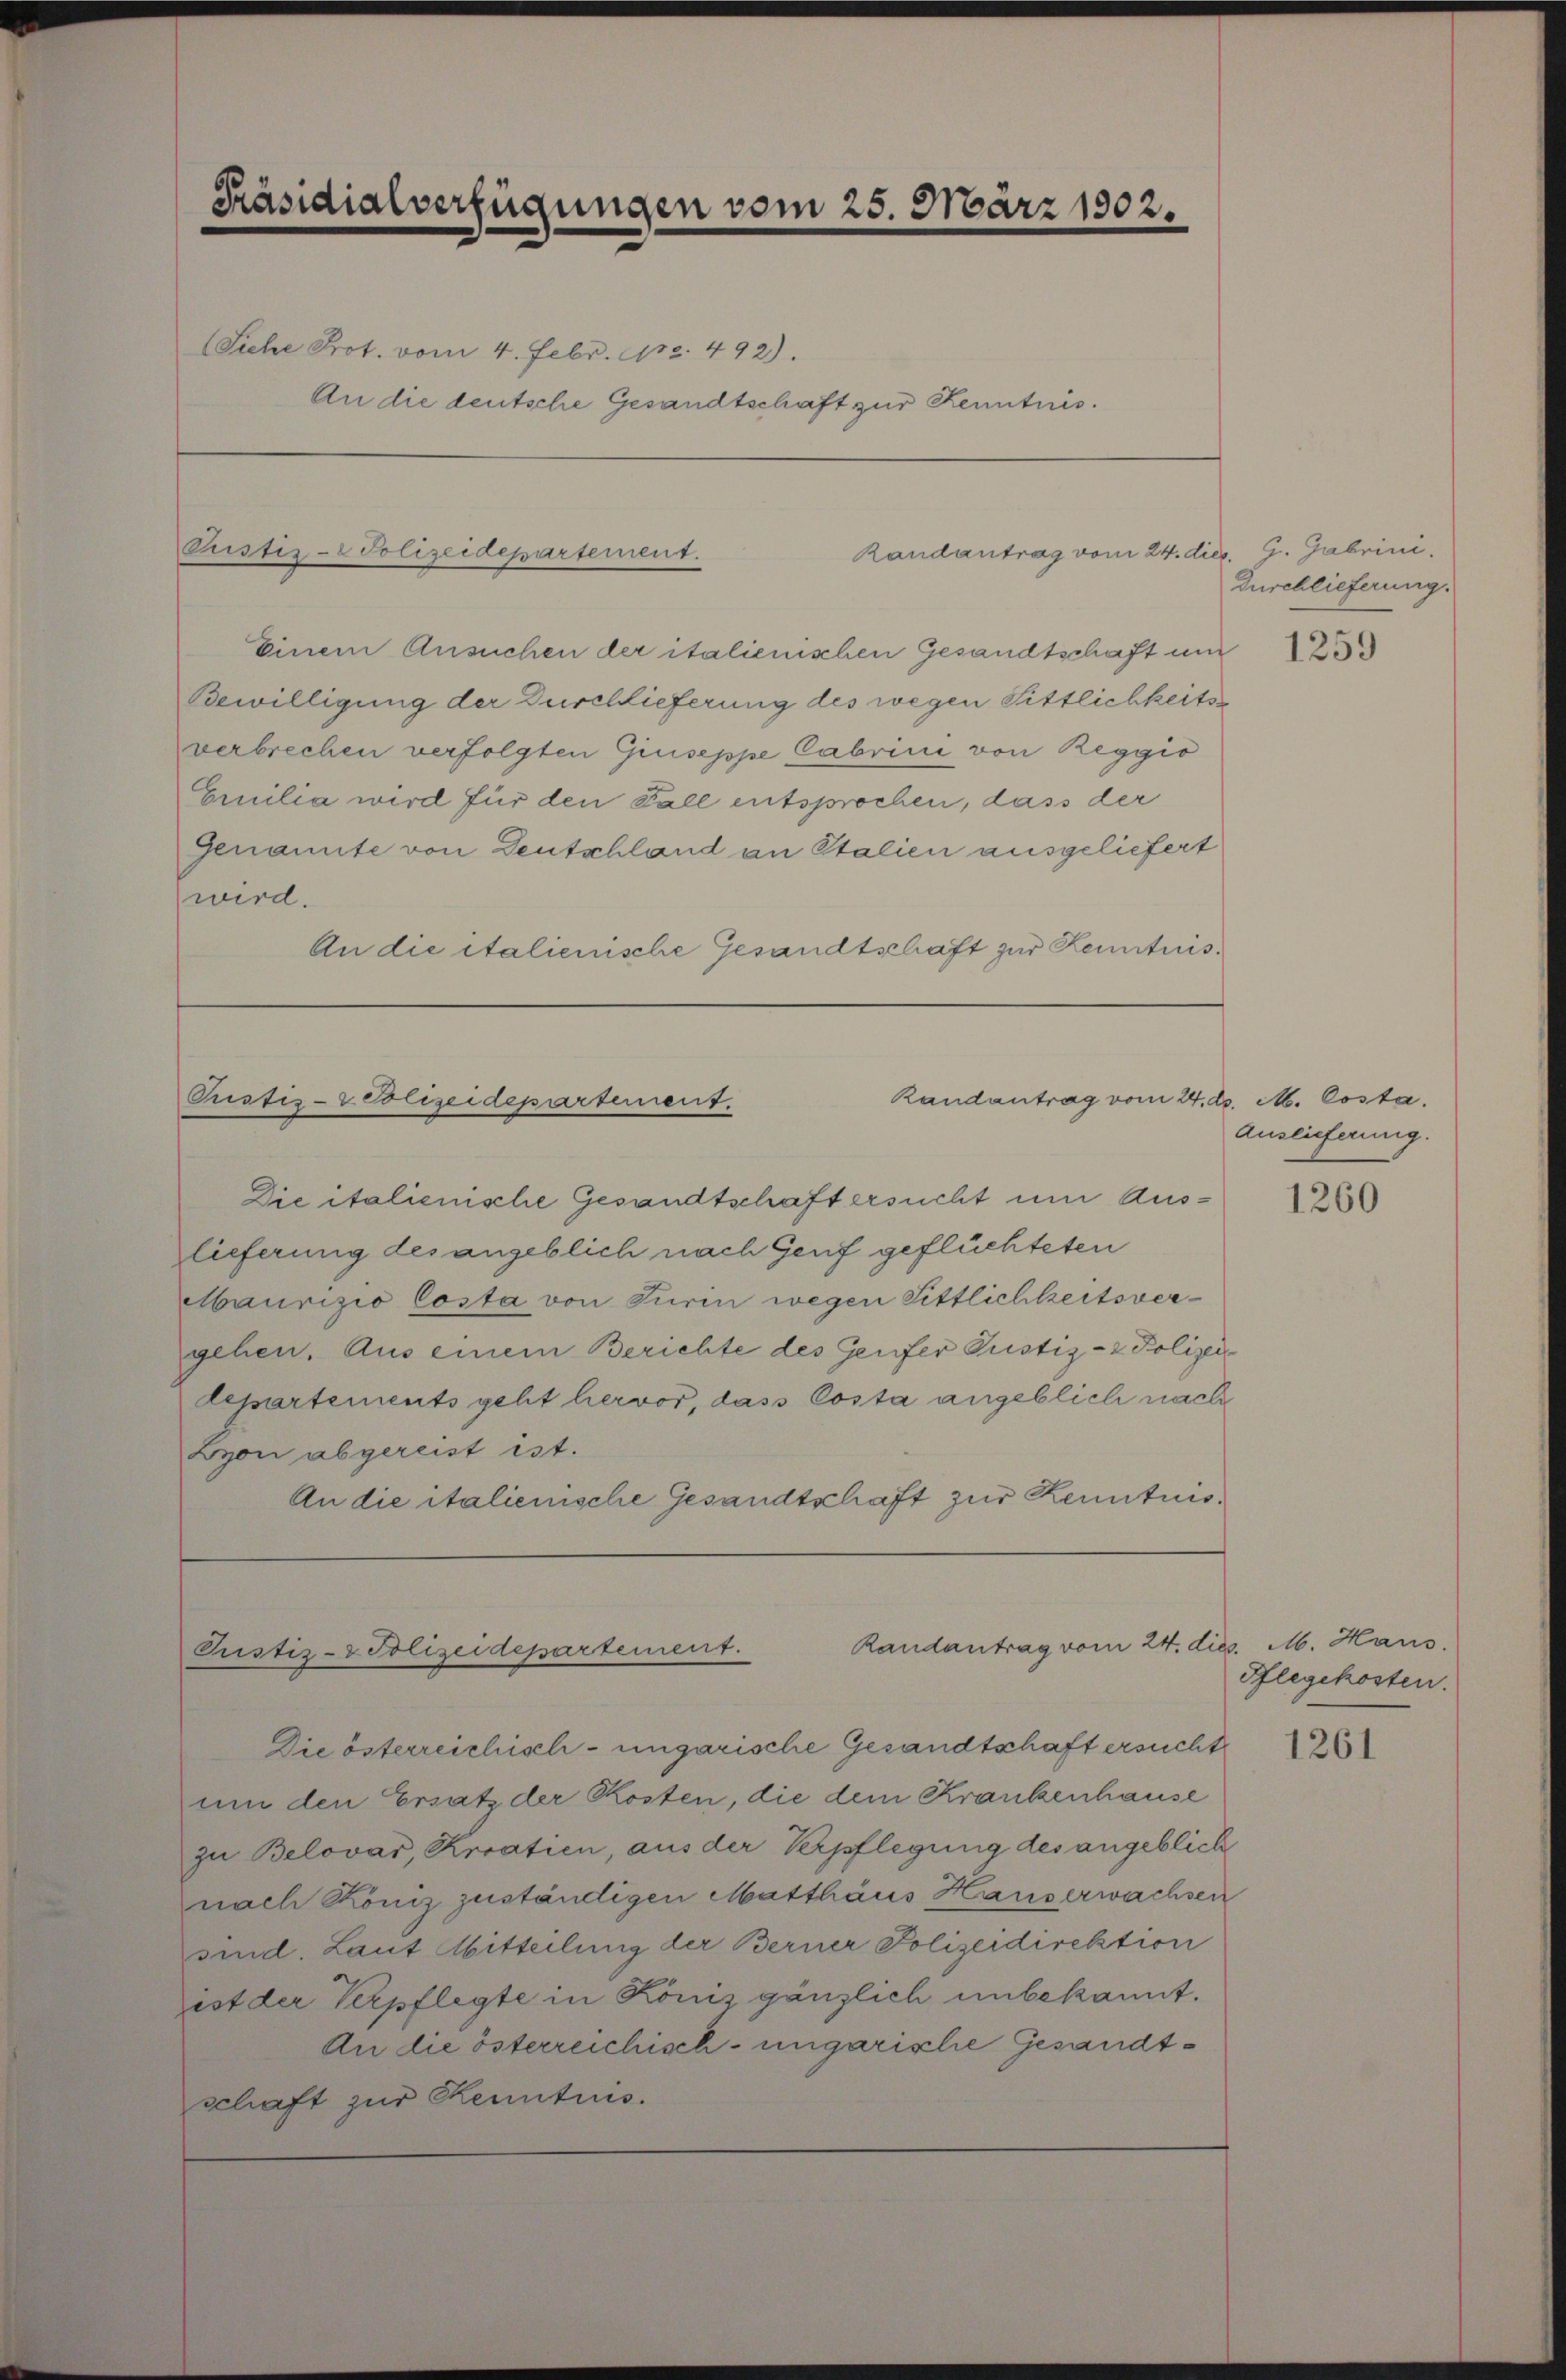
Präsidialverfügungen vom 25. März 1902.

An die deutsche Gesandtschaft zur Kenntnis.

(Siehe Prot. vom 4. Febr. 172. 492).

Pustiz-Polizeidepartement.

Einem Ansuchen der italienischen Gesandtschaft um
Bewilligung der Durchlieferung des wegen Sittlichkeits
verbrechen verfolgten Giuseppe Cabrici von Reggio
Emilia wird für den Fall entsprochen, dass der
Genannte von Deutschland an Stalien ausgeliefert
wird.
An die italienische Gesandtschaft zur Kenntnis¬

Randantrag vom 24. dies. Z. Gabrini,

Randantrag vom 24. d. M. Costa.
Pustiz- & Polizeidepartement.

Die italienische Gesandtschaft ersucht um Auslieferung des angeblich nach Genf geflüchteten
Maurizio Costa von Turin wegen Sittlichkeitsvergehen. Aus einem Berichte des Genfer Justiz- & Polizeidepartements geht hervor, dass Costa angeblich nach
Lyon abgereist ist.
An die italienische Gesandtschaft zur Kenntnis¬

Randantrag vom 24. dies. M. Haus.
Pustiz- & Polizeidepartement.

Die österreichisch-ungarische Gesandtschaft ersucht
um den Ersatz der Kosten, die dem Krankenhause
zu Belovar, Kroatien, aus der Verpflegung des angeblick
nach Köniz zuständigen Matthäus Hauserwachsen
sind. Laut Mitteilung der Berner Polizeidirektion
ist der Verpflegte in Könis gänzlich unbekannt.
An die österreichisch-ungarische Gesandtschaft zur Kenntnis.

Zuschlieferung.

1259

Auslieferung.

1260

Pflegekosten.

1261